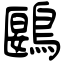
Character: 鶠